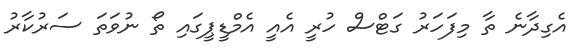
އެގިދާނެ ތާ މިފަހަރު ގަޓްސް ހުރީ އެއީ އެމްޑީޕީގައި ތޯ ނުވަތަ ސަރުކާރު